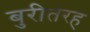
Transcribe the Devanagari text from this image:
बुरीतरह